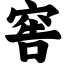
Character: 窖